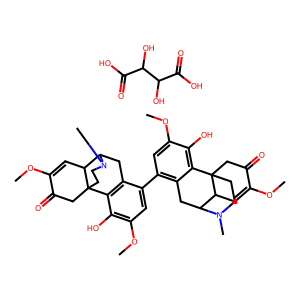
SMILES: COC1=CC2C3Cc4c(-c5cc(OC)c(O)c6c5CC5C7C=C(OC)C(=O)CC67CCN5C)cc(OC)c(O)c4C2(CCN3C)CC1=O.O=C(O)C(O)C(O)C(=O)O
Inhibits HIV replication: No